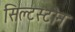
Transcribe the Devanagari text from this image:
सिल्टस्टोन